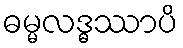
ဓမ္မလဒ္ဓဿာပိ